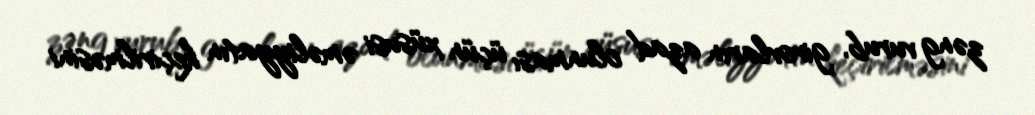
zəng vurub, girovların azad olunması üçün xüsusi əməliyyatın keçirilməsini